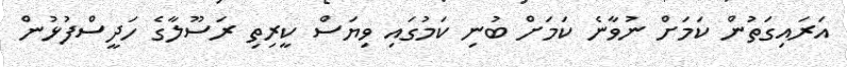
އަރައިގަތުން ކަމަށް ނުވާނެ ކަމަށް ބުނި ކަމުގައި ވިޔަސް ކީރިތި ރަސޫލާގެ ހަދީސްފުޅުން